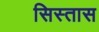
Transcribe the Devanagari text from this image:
सिस्तास